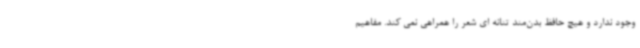
وجود ندارد و هیچ حافظ بدن‌مند تنانه ای شعر را همراهی نمی کند. مفاهیم